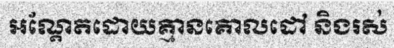
អណ្តែតដោយគ្មានគោលដៅ និងរស់